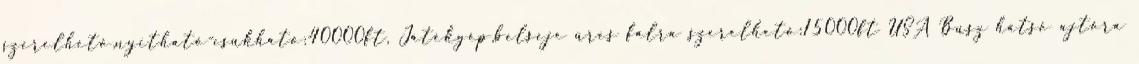
szerelhető,nyitható-csukható:40000ft, Játékgép,belseje üres falra szerelhető:15000ft USA Busz hátsó ajtóra